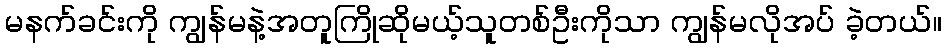
မနက်ခင်းကို ကျွန်မနဲ့အတူကြိုဆိုမယ့်သူတစ်ဦးကိုသာ ကျွန်မလိုအပ် ခဲ့တယ်။